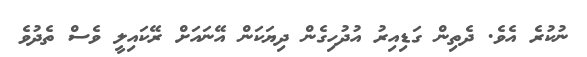
ނުކުރެ އެވެ. ދެތިން ގަޑިއިރު އުދުހިގެން ދިޔަކަން އޭނައަށް ރޭކައިލީ ވެސް ތެދުވެ